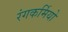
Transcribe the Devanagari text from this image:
रंगकर्मियो